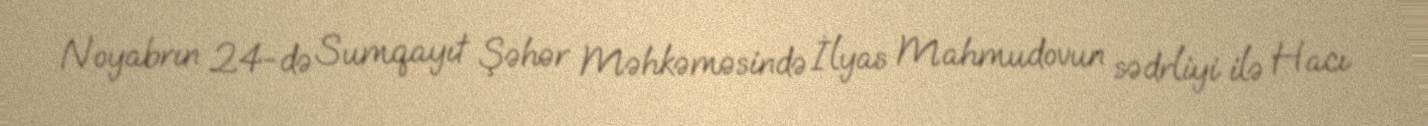
Noyabrın 24-də Sumqayıt Şəhər Məhkəməsində İlyas Mahmudovun sədrliyi ilə Hacı